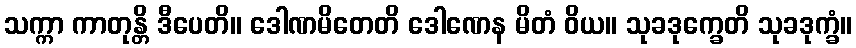
သက္ကာ ကာတုန္တိ ဒီပေတိ။ ဒေါဏမိတေတိ ဒေါဏေန မိတံ ဝိယ။ သုခဒုက္ခေတိ သုခဒုက္ခံ။